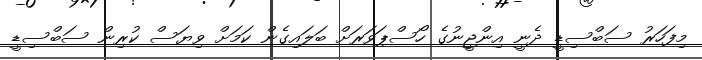
މިފަހަރު ސަބްސިޑީ ދެނީ އިންޖީނުގެ ހޯސްޕަވަރަށް ބަލައިގެން ކަމަށް ވިޔަސް ކުރިން ސަބްސިޑީ